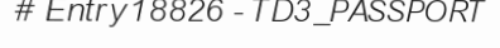
# Entry 18826 - TD3_PASSPORT